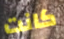
كانت